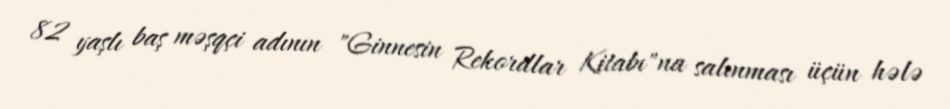
82 yaşlı baş məşqçi adının "Ginnesin Rekordlar Kitabı"na salınması üçün hələ